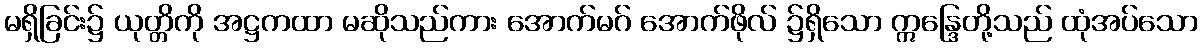
မရှိခြင်း၌ ယုတ္တိကို အဋ္ဌကထာ မဆိုသည်ကား အောက်မဂ် အောက်ဖိုလ် ၌ရှိသော ဣန္ဒြေတို့သည် ထုံအပ်သော